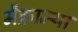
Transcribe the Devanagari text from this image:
मैक्रान्था